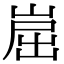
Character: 崫